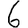
Digit: 6